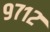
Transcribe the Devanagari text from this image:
९७१२